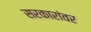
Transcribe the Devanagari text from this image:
सरकारांवर